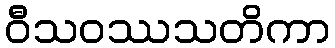
ဝီသဝဿသတိကာ